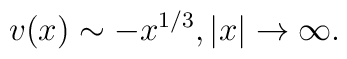
v(x)\sim -x^{1/3}, |x|\to\infty.